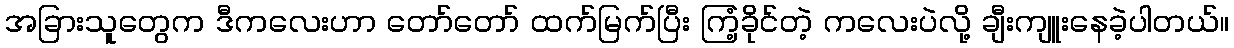
အခြားသူတွေက ဒီကလေးဟာ တော်တော် ထက်မြက်ပြီး ကြံ့ခိုင်တဲ့ ကလေးပဲလို့ ချီးကျူးနေခဲ့ပါတယ်။